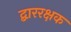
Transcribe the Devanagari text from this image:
द्बाररक्षक